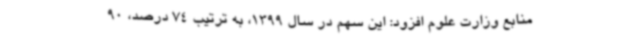
منابع وزارت علوم افزود: این سهم در سال 1399، به ترتیب 74 درصد، 90